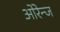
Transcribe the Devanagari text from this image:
ओरेन्ज